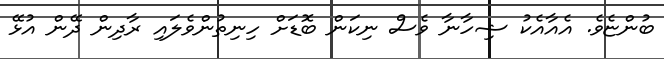
ބުންޏެވެ. އެއާއެކު ޝިހާނާ ވެސް ނިކަން ބޮޑަށް ހިނިތުންވެލައި ރާދިން ދޭން އުޅޭ